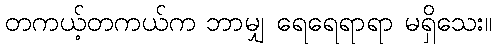
တကယ့်တကယ်က ဘာမျှ ရေရေရာရာ မရှိသေး။